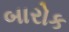
બારોક